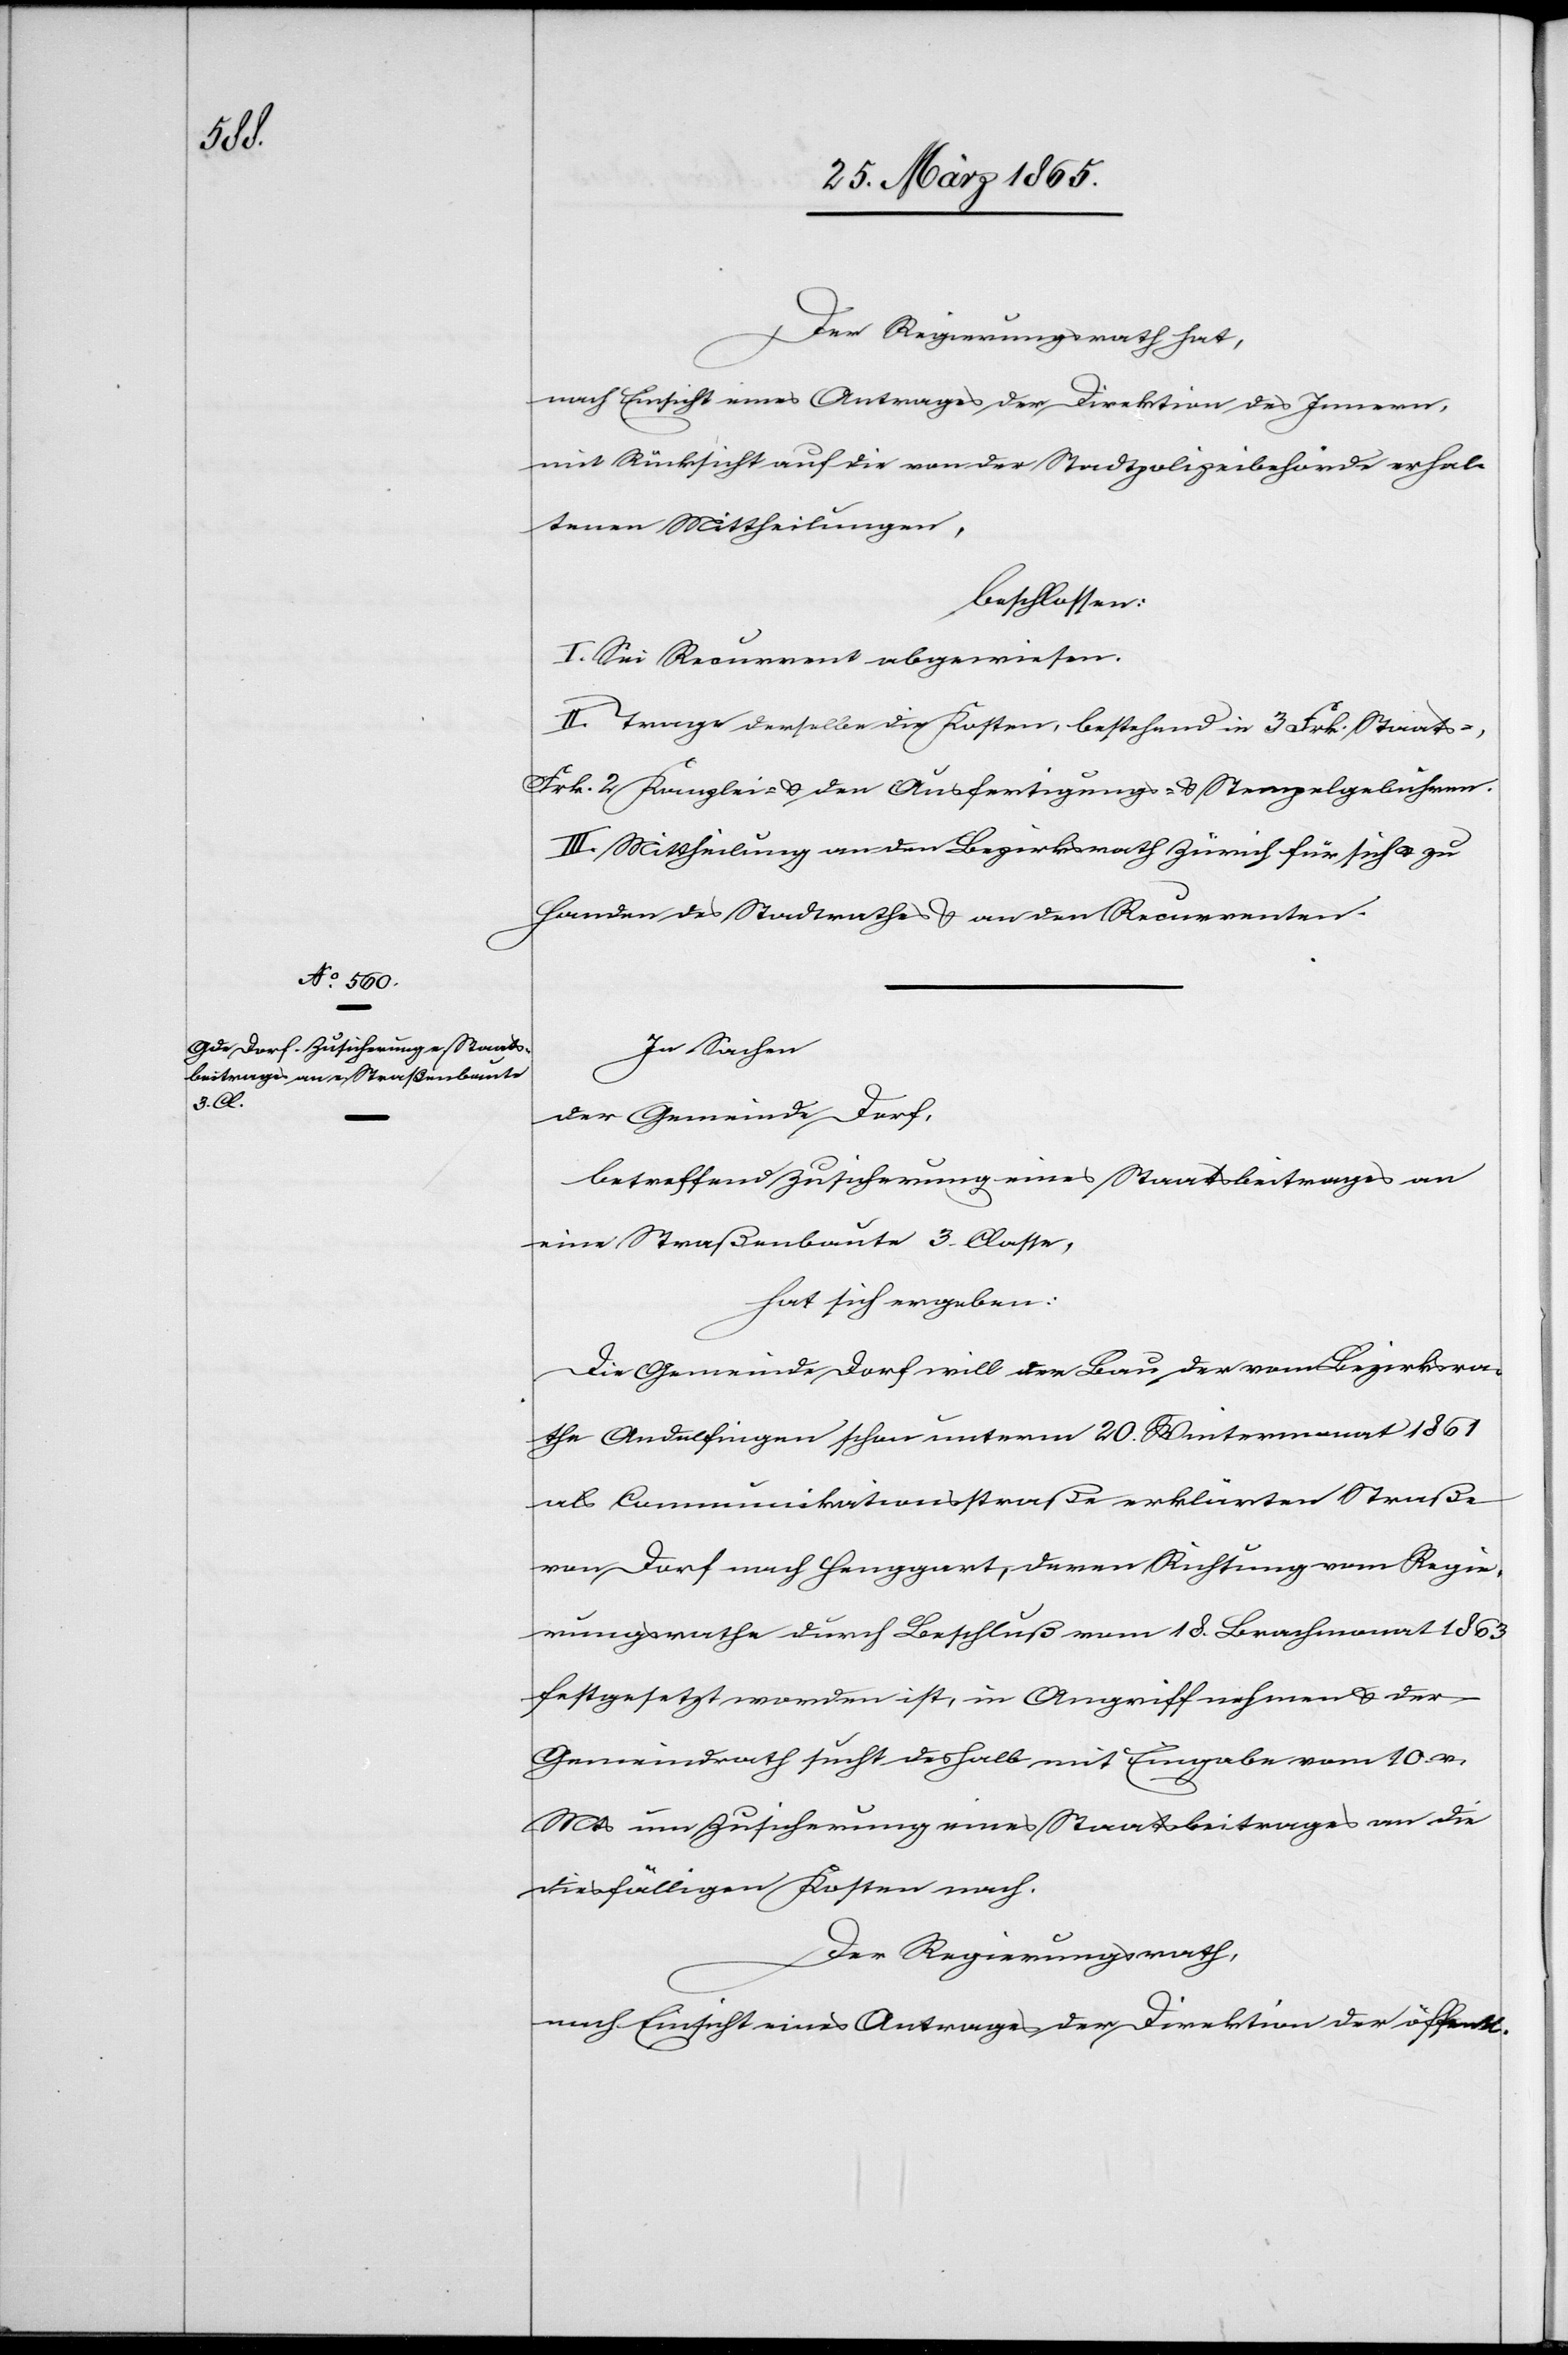
Der Regierungsrath hat,
nach Einsicht eines Antrages der Direktion des Innern,
mit Rücksicht auf die von der Stadtpolizeibehörde erhal¬
tenen Mittheilungen,
beschlossen:
I. Sei Recurrent abgewiesen.
II. Trage derselbe die Kosten, bestehend in 3 Frk. Staats-,
Frk. 2 Kanzlei- & den Ausfertigungs- & Stempelgebühren.
III. Mittheilung an den Bezirksrath Zürich für sich u. zu
Handen des Stadtrathes & an den Recurrenten.
In Sachen
der Gemeinde Dorf,
betreffend Zusicherung eines Staatsbeitrages an
eine Straßenbaute 3. Classe,
hat sich ergeben:
Die Gemeinde Dorf will den Bau der vom Bezirksra¬
the Andelfingen schon unterm 20. Wintermonat 1861
als Communikationsstraße erklärten Straße
von Dorf nach Henggart, deren Richtung vom Regie¬
rungsrathe durch Beschluß vom 18. Brachmonat 1863
festgesetzt worden ist, in Angriff nehmen & der
Gemeindrath sucht deshalb mit Eingabe vom 10. v.
Mts um Zusicherung eines Staatsbeitrages an die
diesfälligen Kosten nach.
Der Regierungsrath,
nach Einsicht eines Antrages der Direktion der öffentl.